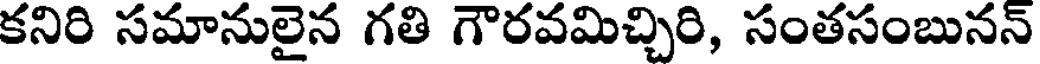
కనిరి సమానులైన గతి గౌరవమిచ్చిరి, సంతసంబునన్